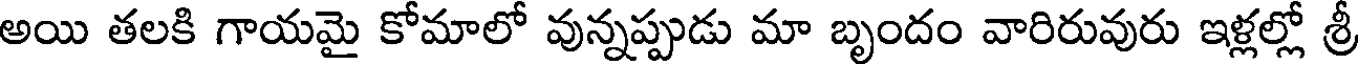
అయి తలకి గాయమై కోమాలో వున్నప్పుడు మా బృందం వారిరువురు ఇళ్లల్లో శ్రీ